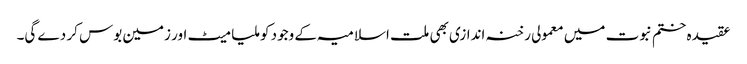
عقیدہ ختم نبوت میں معمولی رخنہ اندازی بھی ملت اسلامیہ کے وجود کو ملیا میٹ اور زمین بوس کر دے گی۔